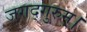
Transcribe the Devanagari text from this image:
जगद्गुरुम्।